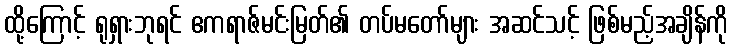
ထို့ကြောင့် ရုရှားဘုရင် ဧကရာဇ်မင်းမြတ်၏ တပ်မတော်များ အဆင်သင့် ဖြစ်မည့်အချိန်ကို